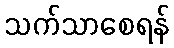
သက်သာစေရန်